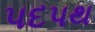
પદપથ